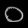
Digit: ၀